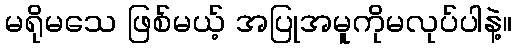
မရိုမသေ ဖြစ်မယ့် အပြုအမူကိုမလုပ်ပါနဲ့။